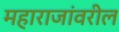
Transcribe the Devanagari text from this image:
महाराजांवरील